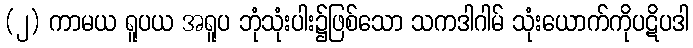
(၂) ကာမယ ရူပယ အရူပ ဘုံသုံးပါး၌ဖြစ်သော သကဒါဂါမ် သုံးယောက်ကိုပဋိပဒါ